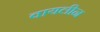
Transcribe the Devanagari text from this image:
वायलीन